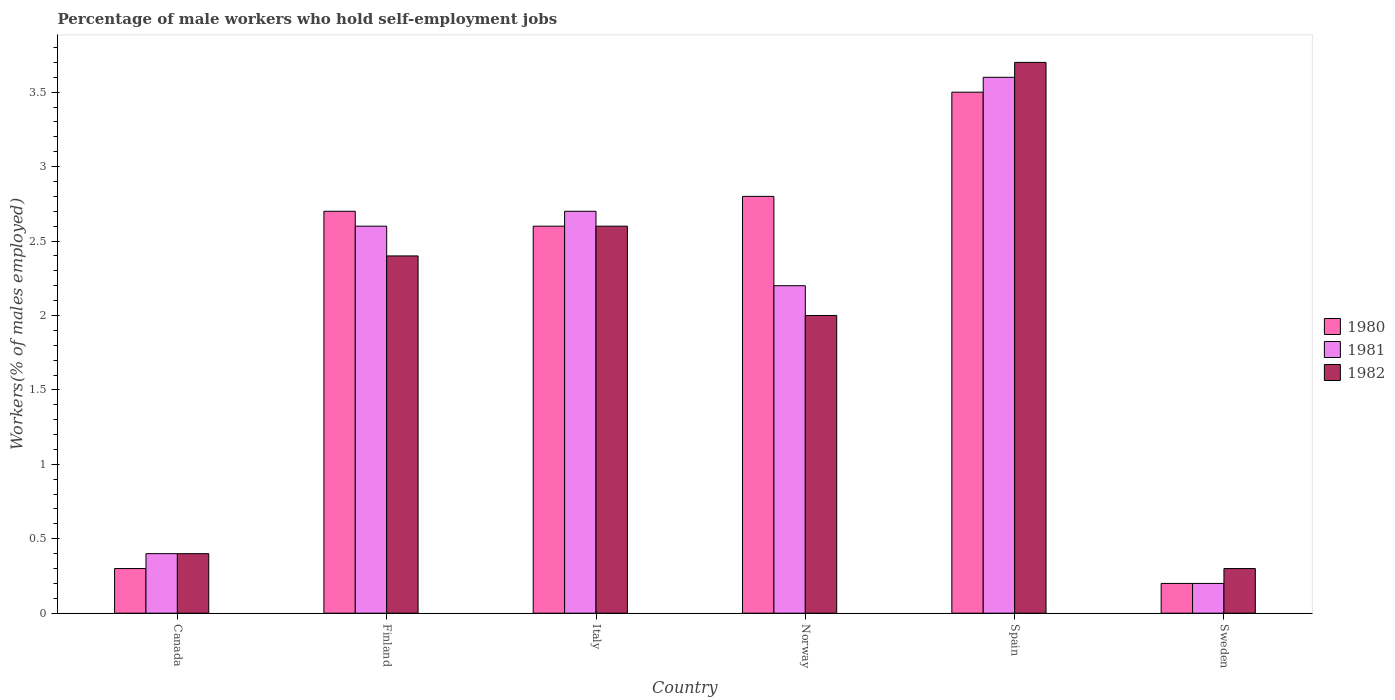
| Country | 1980 | 1981 | 1982 |
 | --- | --- | --- | --- |
 | Canada | 0.3 | 0.4 | 0.4 |
 | Finland | 2.7 | 2.6 | 2.4 |
 | Italy | 2.6 | 2.7 | 2.6 |
 | Norway | 2.8 | 2.2 | 2 |
 | Spain | 3.5 | 3.6 | 3.7 |
 | Sweden | 0.2 | 0.2 | 0.3 |